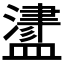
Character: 𥂵